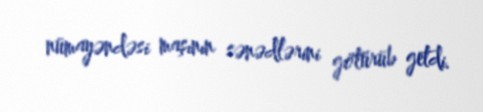
nümayəndəsi maşının sənədlərini götürüb getdi.